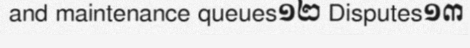
and maintenance queues១២ Disputes១៣